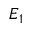
E _ { 1 }